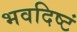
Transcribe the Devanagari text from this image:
भवदिष्टं